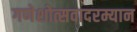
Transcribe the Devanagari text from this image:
गणेशोत्सवादरम्यान